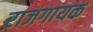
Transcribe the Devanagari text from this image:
राजगायक